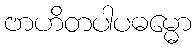
ဗာဟိတပါပဓမ္မော